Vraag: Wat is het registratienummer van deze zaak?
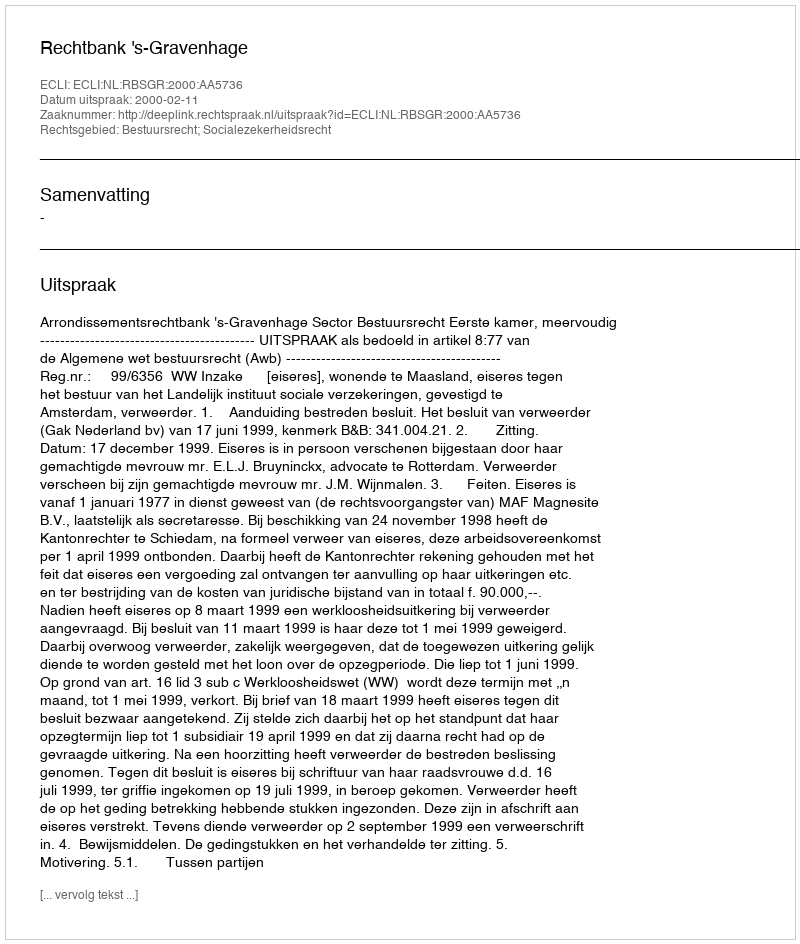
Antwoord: http://deeplink.rechtspraak.nl/uitspraak?id=ECLI:NL:RBSGR:2000:AA5736